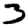
Digit: 3